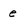
Character: e